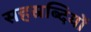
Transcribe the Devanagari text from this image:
सहस्रब्दियों